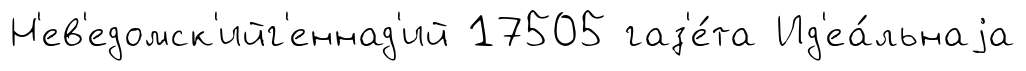
Н'ев'едомск'ийг'еннад'ий 17505 газ'е́та Ид'еа́льнаjа